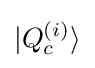
|Q_{c}^{(i)}\rangle